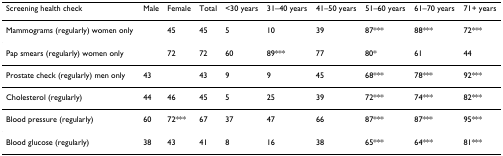
<table><thead><tr><td><b>Screening health check</b></td><td><b>Male</b></td><td><b>Female</b></td><td><b>Total</b></td><td><b>&lt;30 years</b></td><td><b>31–40 years</b></td><td><b>41–50 years</b></td><td><b>51–60 years</b></td><td><b>61–70 years</b></td><td><b>71+ years</b></td></tr></thead><tbody><tr><td>Mammograms (regularly) women only</td><td></td><td>45</td><td>45</td><td>5</td><td>10</td><td>39</td><td>87***</td><td>88***</td><td>72***</td></tr><tr><td>Pap smears (regularly) women only</td><td></td><td>72</td><td>72</td><td>60</td><td>89***</td><td>77</td><td>80*</td><td>61</td><td>44</td></tr><tr><td>Prostate check (regularly) men only</td><td>43</td><td></td><td>43</td><td>9</td><td>9</td><td>45</td><td>68***</td><td>78***</td><td>92***</td></tr><tr><td>Cholesterol (regularly)</td><td>44</td><td>46</td><td>45</td><td>5</td><td>25</td><td>39</td><td>72***</td><td>74***</td><td>82***</td></tr><tr><td>Blood pressure (regularly)</td><td>60</td><td>72***</td><td>67</td><td>37</td><td>47</td><td>66</td><td>87***</td><td>87***</td><td>95***</td></tr><tr><td>Blood glucose (regularly)</td><td>38</td><td>43</td><td>41</td><td>8</td><td>16</td><td>38</td><td>65***</td><td>64***</td><td>81***</td></tr></tbody></table>